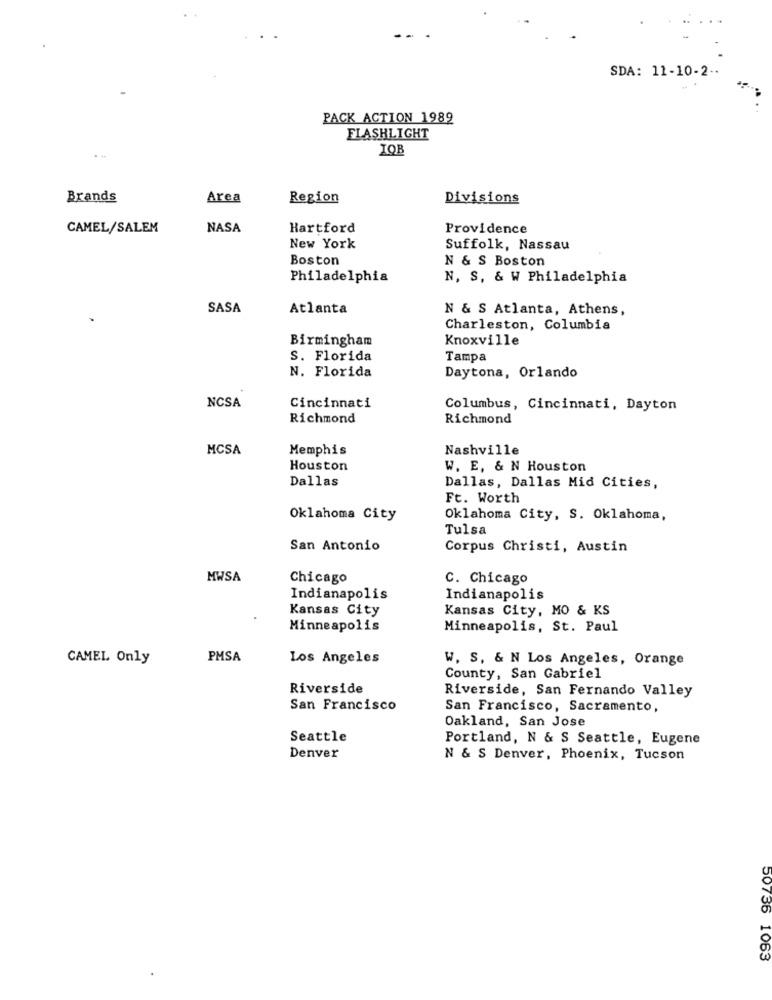
SDA: 11-10-2 --
PACK ACTION 1989
FLASHLIGHT
Brands
Area
Region
Divisions
CAMEL/SALEM
NASA
Hartford
Providence
New York
Suffolk, Nassau
Boston
N & S Boston
Philadelphia
N, S, & W Philadelphia
SASA
Atlanta
N & S Atlanta, Athens,
Charleston, Columbia
Birmingham
Knoxville
S. Florida
Tampa
N. Florida
Daytona, Orlando
NCSA
Cincinnati
Columbus, Cincinnati, Dayton
Richmond
Richmond
MCSA
Memphis
Nashville
Houston
W. E. & N Houston
Dallas
Dallas, Dallas Mid Cities,
Ft. Worth
Oklahoma City
Oklahoma City, S. Oklahoma,
Tulsa
San Antonio
Corpus Christi, Austin
MWSA
Chicago
C. Chicago
Indianapolis
Indianapolis
Kansas City
Kansas City, MO & KS
Minneapolis
Minneapolis, St. Paul
CAMEL Only
PMSA
Los Angeles
W. S, & N Los Angeles, Orange
County, San Gabriel
Riverside
Riverside, San Fernando Valley
San Francisco
San Francisco, Sacramento,
Oakland, San Jose
Seattle
Portland, N & S Seattle, Eugene
Denver
N & S Denver, Phoenix, Tucson
50736 1063